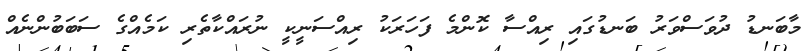
މާބަނޑު ދުވަސްވަރު ބަނޑުގައި ރިއްސާ ކޮންމެ ފަހަރަކު ރިއްސަނީކީ ނުރައްކާތެރި ކަމެއްގެ ސަބަބުންނެއް